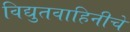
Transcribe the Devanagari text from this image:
विद्युतवाहिनीचे